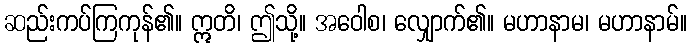
ဆည်းကပ်ကြကုန်၏။ ဣတိ၊ ဤသို့။ အဝေါစ၊ လျှောက်၏။ မဟာနာမ၊ မဟာနာမ်။